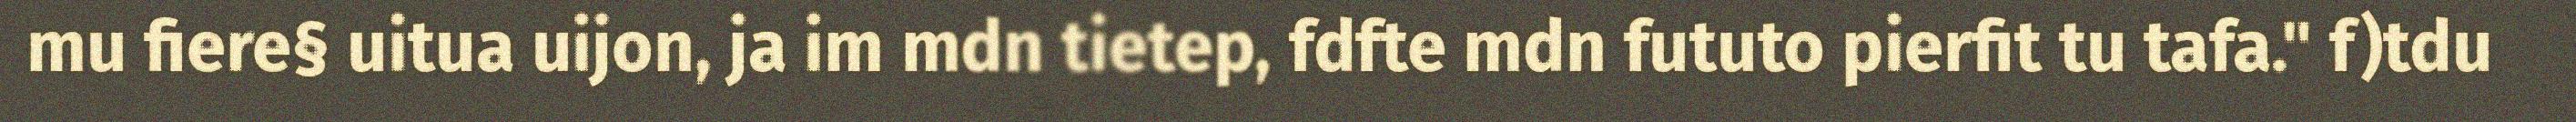
mu fiere§ uitua uijon, ja im mdn tietep, fdfte mdn fututo pierfit tu tafa." f)tdu